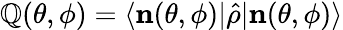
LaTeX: \mathbb{Q}(\theta,\phi)=\langle\mathbf{{n}}(\theta,\phi)|\hat{{\rho}}|\mathbf{{n}}(\theta,\phi)\rangle